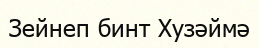
Зейнеп бинт Хузәймә